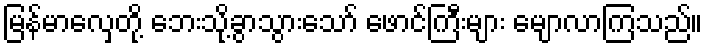
မြန်မာလှေတို့ ဘေးသို့ခွာသွားသော် ဖောင်ကြီးများ မျောလာကြသည်။